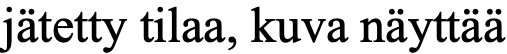
jätetty tilaa, kuva näyttää